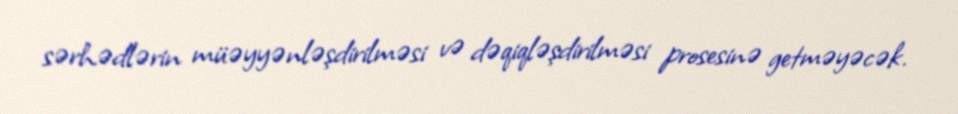
sərhədlərin müəyyənləşdirilməsi və dəqiqləşdirilməsi prosesinə getməyəcək.